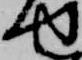
せ